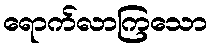
ရောက်လာကြသော